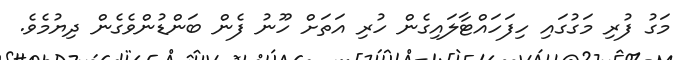
މަގު ފުރި މަގުގައި ހިފަހައްޓާލައިގެން ހުރި އަތަށް ހޫނު ފެން ބަންޑުންވެގެން ދިޔުމެވެ.